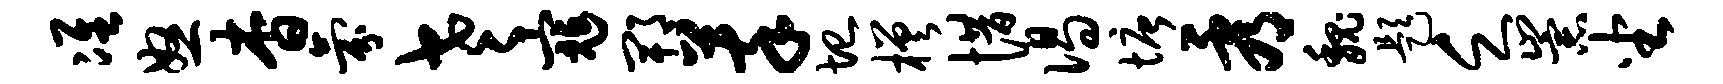
准怒杳氛老寇郫萃圮槎惜偈塘看魏题乏崇坐